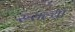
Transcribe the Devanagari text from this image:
रुसल्या